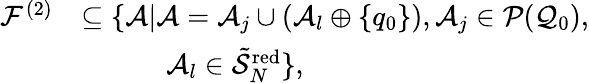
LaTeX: \begin{array}{rl}{\mathcal{F}^{(2)}}&{\subseteq\{ \mathcal{A}\vert\mathcal{A}=\mathcal{A}_{j}\cup(\mathcal{A}_{l}\oplus\{ q_{0}\} ),\mathcal{A}_{j}\in\mathcal{P}(\mathcal{Q}_{0}),}\\ &{\quad\quad\quad\mathcal{A}_{l}\in\tilde{\mathcal{S}}_{N}^{\mathrm{red}}\} ,}\end{array}